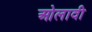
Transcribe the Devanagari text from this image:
ओलावी